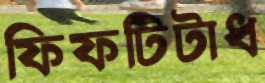
ফিফটিটাধ